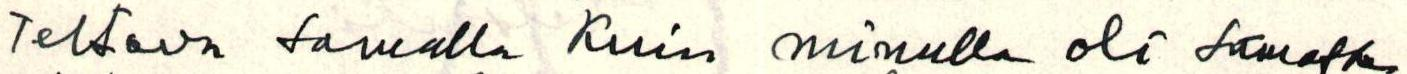
teltava samalla kuin minulla oli samassa